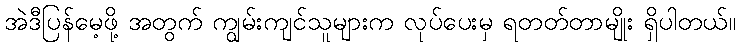
အဲဒီပြန်မေ့ဖို့ အတွက် ကျွမ်းကျင်သူများက လုပ်ပေးမှ ရတတ်တာမျိုး ရှိပါတယ်။